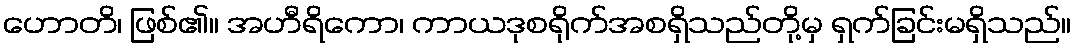
ဟောတိ၊ ဖြစ်၏။ အဟီရိကော၊ ကာယဒုစရိုက်အစရှိသည်တို့မှ ရှက်ခြင်းမရှိသည်။